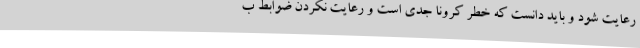
رعایت شود و باید دانست که خطر کرونا جدی است و رعایت نکردن ضوابط ب